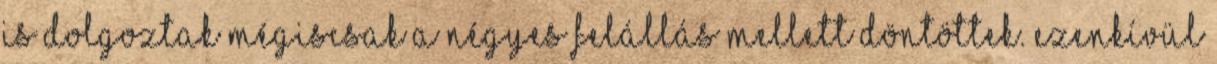
is dolgoztak mégiscsak a négyes felállás mellett döntöttek. Ezenkívül